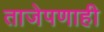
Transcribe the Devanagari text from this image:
ताजेपणाही